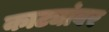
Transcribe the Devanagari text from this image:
काट्यांवर